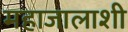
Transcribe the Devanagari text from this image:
महाजालाशी